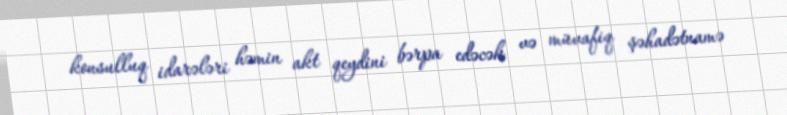
konsulluq idarələri həmin akt qeydini bərpa edəcək və müvafiq şəhadətnamə